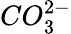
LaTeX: CO_{3}^{2-}